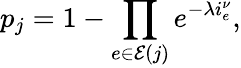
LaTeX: p_{j}=1-\prod_{e\in\mathcal{E}(j)}e^{-\lambda i_{e}^{\nu}},